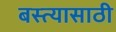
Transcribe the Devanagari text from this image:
बस्त्यासाठी